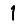
Digit: 1